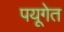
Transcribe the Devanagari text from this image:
पयूगेत